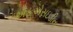
એફએસઇડીના